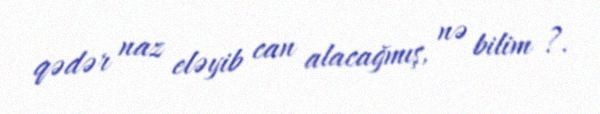
qədər naz eləyib can alacağmış, nə bilim ?.